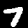
Label: 7